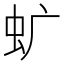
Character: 𧈴